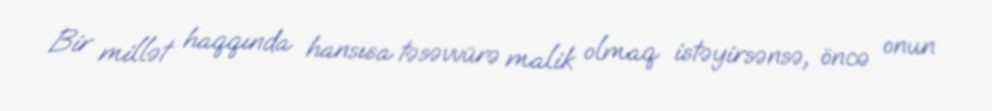
Bir millət haqqında hansısa təsəvvürə malik olmaq istəyirsənsə, öncə onun